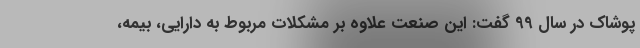
پوشاک در سال 99 گفت: این صنعت علاوه بر مشکلات مربوط به دارایی، بیمه،